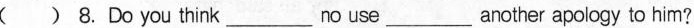
( ) 8.Do you think___no use___another apology to him?